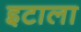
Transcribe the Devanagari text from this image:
इटाला